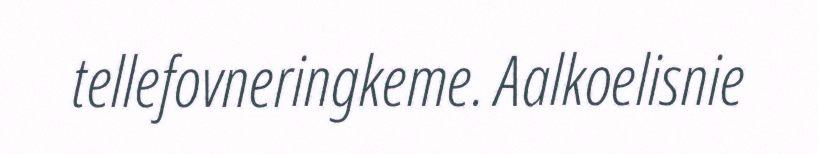
tellefovneringkeme. Aalkoelisnie